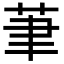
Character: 茟